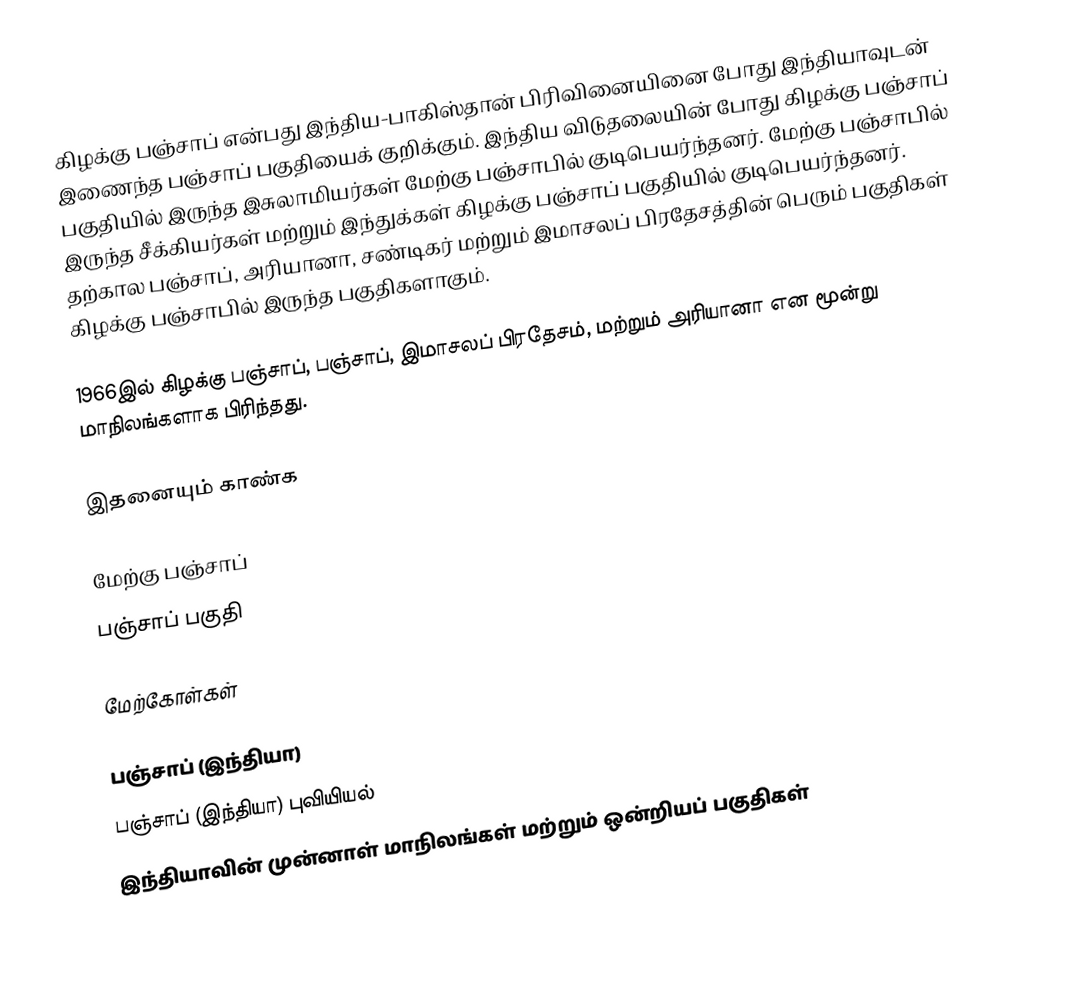
கிழக்கு பஞ்சாப் என்பது இந்திய-பாகிஸ்தான் பிரிவினையினை போது இந்தியாவுடன் இணைந்த பஞ்சாப் பகுதியைக் குறிக்கும். இந்திய விடுதலையின் போது கிழக்கு பஞ்சாப் பகுதியில் இருந்த இசுலாமியர்கள் மேற்கு பஞ்சாபில் குடிபெயர்ந்தனர். மேற்கு பஞ்சாபில் இருந்த சீக்கியர்கள் மற்றும் இந்துக்கள் கிழக்கு பஞ்சாப் பகுதியில் குடிபெயர்ந்தனர். தற்கால பஞ்சாப், அரியானா, சண்டிகர் மற்றும் இமாசலப் பிரதேசத்தின் பெரும் பகுதிகள் கிழக்கு பஞ்சாபில் இருந்த பகுதிகளாகும்.

1966இல் கிழக்கு பஞ்சாப், பஞ்சாப், இமாசலப் பிரதேசம், மற்றும் அரியானா என மூன்று மாநிலங்களாக பிரிந்தது.

இதனையும் காண்க

 மேற்கு பஞ்சாப்
 பஞ்சாப் பகுதி

மேற்கோள்கள்

பஞ்சாப் (இந்தியா)
பஞ்சாப் (இந்தியா) புவியியல்
இந்தியாவின் முன்னாள் மாநிலங்கள் மற்றும் ஒன்றியப் பகுதிகள்